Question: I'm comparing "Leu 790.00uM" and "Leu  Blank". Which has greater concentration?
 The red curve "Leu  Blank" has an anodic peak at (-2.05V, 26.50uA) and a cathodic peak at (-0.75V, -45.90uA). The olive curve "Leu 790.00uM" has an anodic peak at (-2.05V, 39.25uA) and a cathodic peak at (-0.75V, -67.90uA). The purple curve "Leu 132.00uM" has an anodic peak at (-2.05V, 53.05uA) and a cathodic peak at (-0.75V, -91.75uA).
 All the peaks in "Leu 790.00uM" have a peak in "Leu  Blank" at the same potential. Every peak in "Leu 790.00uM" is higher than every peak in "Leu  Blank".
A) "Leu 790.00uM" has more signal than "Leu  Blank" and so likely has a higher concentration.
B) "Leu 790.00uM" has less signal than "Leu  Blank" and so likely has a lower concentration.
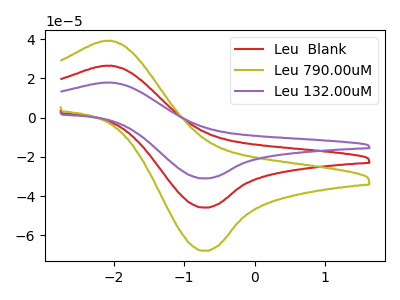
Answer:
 <answer>A) "Leu 790.00uM" has more signal than "Leu  Blank" and so likely has a higher concentration.</answer>
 <eval>A</eval>